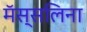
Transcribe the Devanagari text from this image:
मॅस्सलिना